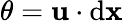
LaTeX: \theta={\mathbf{u}}\cdot\mathrm{d}{\mathbf{x}}